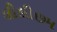
લીલીછમ